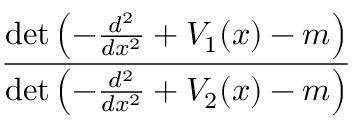
\frac { \operatorname* { d e t } \left( - { \frac { d ^ { 2 } } { d x ^ { 2 } } } + V _ { 1 } ( x ) - m \right) } { \operatorname* { d e t } \left( - { \frac { d ^ { 2 } } { d x ^ { 2 } } } + V _ { 2 } ( x ) - m \right) }